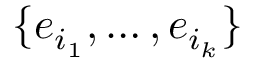
\{ e _ { i _ { 1 } } , \ldots , e _ { i _ { k } } \}